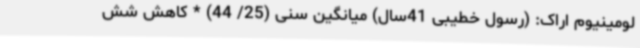
لومینیوم اراک: (رسول خطیبی 41سال) میانگین سنی (25/ 44) * کاهش شش